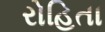
રોહિતા